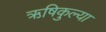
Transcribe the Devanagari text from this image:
ऋषिकुल्या